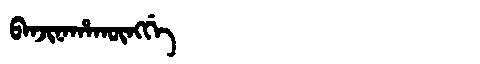
Manchu: ᠪᠠᠨᠵᡳᠨᠠᡥᠠᡴᡡᠩᡤᡝ
Romanization: BANJINAHAKŪNGGE